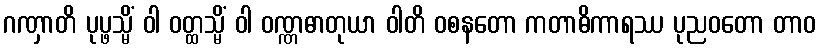
ဂဏှာတိ ပုပ္ဖသ္မိံ ဝါ ဝတ္ထသ္မိံ ဝါ ဝဏ္ဏဓာတုယာ ဝါတိ ဝစနတော ကတာဓိကာရဿ ပုညဝတော တာဝ